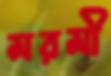
মরমী